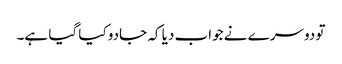
تو دوسرے نے جواب دیا کہ جادو کیا گیا ہے۔